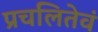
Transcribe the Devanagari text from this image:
प्रचलितेवं